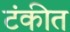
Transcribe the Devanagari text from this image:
टंकीत